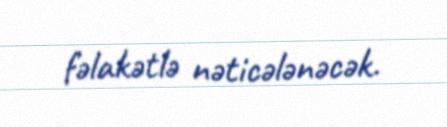
fəlakətlə nəticələnəcək.